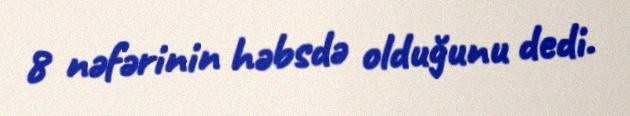
8 nəfərinin həbsdə olduğunu dedi.